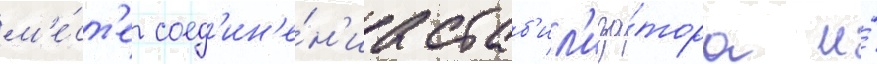
м'е́ст'е соед'ин'е́н'иа стаб'ил'иза́тора и́